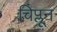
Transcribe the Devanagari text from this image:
चिप्लून